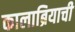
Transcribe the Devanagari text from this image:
कालाब्रियाची